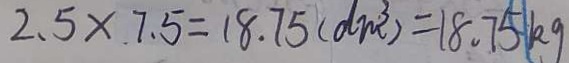
2 . 5 \times 7 . 5 = 1 8 . 7 5 ( d m ^ { 3 } ) = 1 8 . 7 5 k g